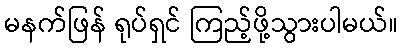
မနက်ဖြန် ရုပ်ရှင် ကြည့်ဖို့သွားပါမယ်။